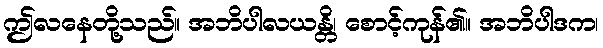
ဤလနေတို့သည်။ အဘိပါလယန္တိ၊ စောင့်ကုန်၏။ အဘိပါဒက၊